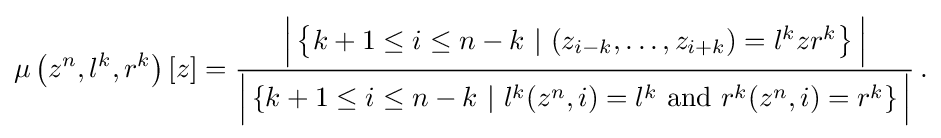
{\begin{aligned}\mu \left(z^{n},l^{k},r^{k}\right)[z]={\frac {{\Big |}\left\{k+1\leq i\leq n-k\,\,|\,\,(z_{i-k},\ldots ,z_{i+k})=l^{k}zr^{k}\right\}{\Big |}}{{\Big |}\left\{k+1\leq i\leq n-k\,\,|\,\,l^{k}(z^{n},i)=l^{k}{\text{ and }}r^{k}(z^{n},i)=r^{k}\right\}{\Big |}}}\,.\end{aligned}}